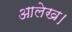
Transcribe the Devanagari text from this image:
आलेख।